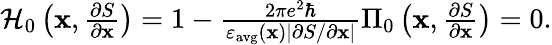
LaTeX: \begin{array}{r}{\mathcal{H}_{0}\left(\mathbf{x},\frac{\partial S}{\partial\mathbf{x}}\right)=1-\frac{2\pi e^{2}\hbar}{\varepsilon_{\mathrm{avg}}(\mathbf{x})|{\partial S/\partial\mathbf{x}}|}\Pi_{0}\left(\mathbf{x},\frac{\partial S}{\partial\mathbf{x}}\right)=0.}\end{array}